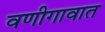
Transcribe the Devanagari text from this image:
वणीगावात